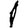
Digit: 1